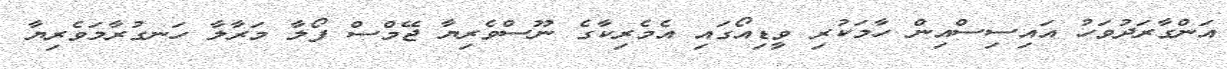
އަންގާރަދުވަހު އައިސިސްއިން ހާމަކުރި ވިީޑިއޯގައި އެމެރިކާގެ ނޫސްވެރިޔާ ޖޭމްސް ފޯލާ މަރާލާ ހަނގުރާމަވެރިޔާ